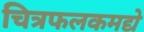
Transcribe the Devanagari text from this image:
चित्रफलकमद्ये